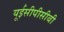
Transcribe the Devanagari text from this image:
यूईसीपीसीबी